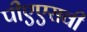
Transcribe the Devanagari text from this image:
पीएएसवी